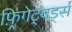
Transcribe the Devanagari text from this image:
फ़्रिगेट्बर्ड्स